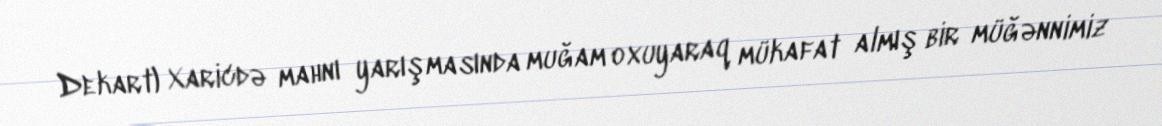
Dekart) Xaricdə mahnı yarışmasında muğam oxuyaraq mükafat almış bir müğənnimiz